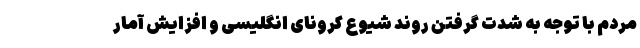
مردم با توجه به شدت گرفتن روند شیوع کرونای انگلیسی و افزایش آمار